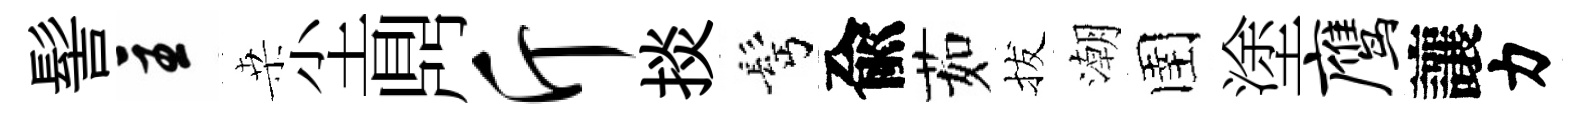
髻主桒尘𪔂斤掞髩兪茹拔潮圉塗鹰讓力